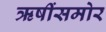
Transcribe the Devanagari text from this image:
ऋषींसमोर